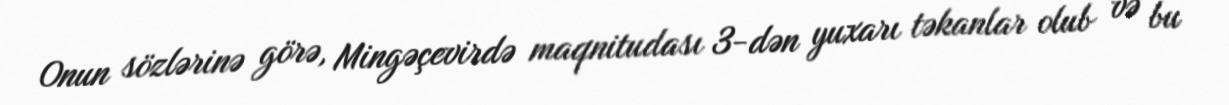
Onun sözlərinə görə, Mingəçevirdə maqnitudası 3-dən yuxarı təkanlar olub və bu